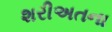
શરીઅતના